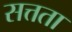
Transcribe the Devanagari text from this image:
सत्तता